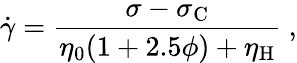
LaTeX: \dot{\gamma}=\frac{\sigma-\sigma_{\mathrm C}}{\eta_{0}(1+2.5\phi)+\eta_{\mathrm H}}~,